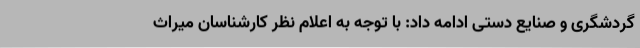
گردشگری و صنایع دستی ادامه داد: با توجه به اعلام نظر کارشناسان میراث